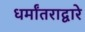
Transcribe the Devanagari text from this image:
धर्मांतराद्वारे